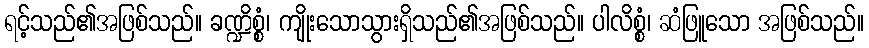
ရင့်သည်၏အဖြစ်သည်။ ခဏ္ဍိစ္စံ၊ ကျိုးသောသွားရှိသည်၏အဖြစ်သည်။ ပါလိစ္စံ၊ ဆံဖြူသော အဖြစ်သည်။